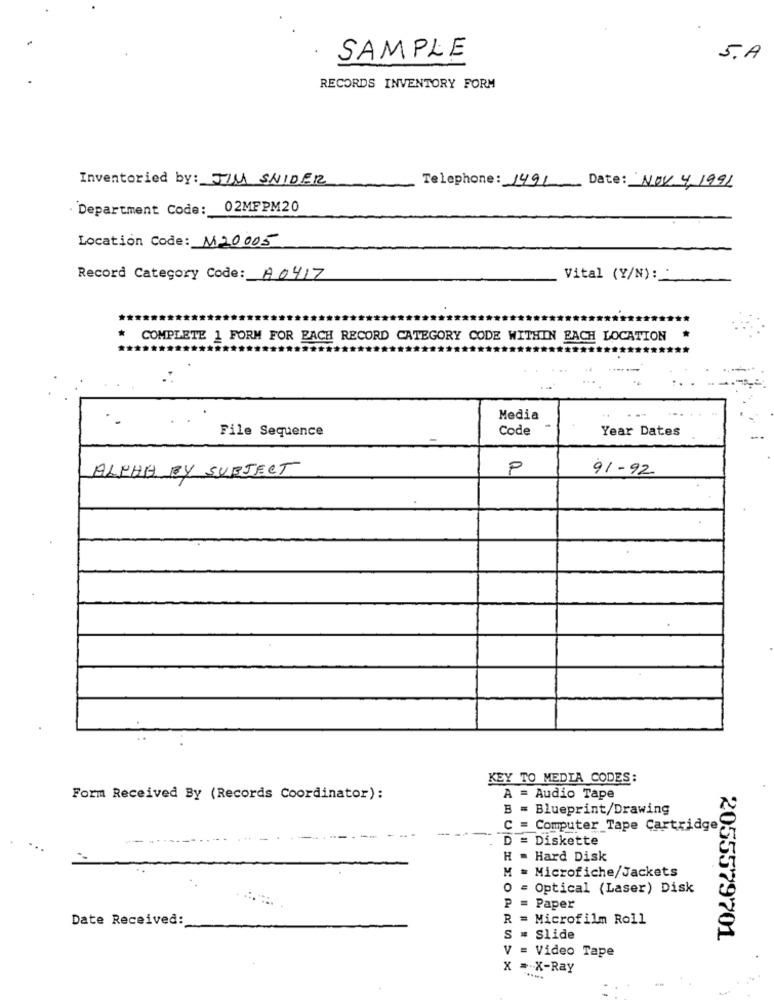
SAMPLE
S.A
RECORDS INVENTORY FORM
Inventoried by: JIM SNIDER
Telephone: 1491 Date: NOV 4, 1991
Department Code: 02MFPM20
Location Code: M20005
Record Category Code: A0417
Vital (Y/N): .
COMPLETE 1 FORM FOR EACH RECORD CATEGORY CODE WITHIN EACH LOCATION
Media
File Sequence
Code
Year Dates
ALPHA BY SUBJECT
P
91-92
KEY TO MEDIA CODES:
Form Received By (Records Coordinator):
A = Audio Tape
B
Blueprint/Drawing
C = Computer Tape Cartridge
D
= Diskette
H . Hard Disk
M = Microfiche/Jackets
0 = Optical (Laser) Disk
P = Paper
Date Received:
R = Microfilm Roll
S .
Slide
2055579701
V = Video Tape
x =X-Ray